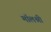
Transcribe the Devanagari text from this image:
मॉलश्री